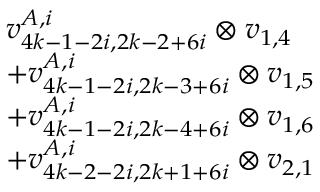
\begin{array} { r l } & { v _ { 4 k - 1 - 2 i , 2 k - 2 + 6 i } ^ { A , i } \otimes v _ { 1 , 4 } } \\ & { + v _ { 4 k - 1 - 2 i , 2 k - 3 + 6 i } ^ { A , i } \otimes v _ { 1 , 5 } } \\ & { + v _ { 4 k - 1 - 2 i , 2 k - 4 + 6 i } ^ { A , i } \otimes v _ { 1 , 6 } } \\ & { + v _ { 4 k - 2 - 2 i , 2 k + 1 + 6 i } ^ { A , i } \otimes v _ { 2 , 1 } } \end{array}